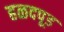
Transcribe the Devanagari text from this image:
हळदपूड